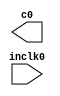
module altera_pll (
	inclk0,
	c0);

        parameter FREQ_MULT = 1;
        parameter FREQ_DIV = 1;

	input	  inclk0;
	output	  c0;


`ifdef ARRIA_GX
    localparam FAMILY = "Arria GX";
`elsif ARRIA_II_GX
    localparam FAMILY = "Arria II GX";
`elsif CYCLONE_I
    localparam FAMILY = "Cyclone I";
`elsif CYCLONE_II
    localparam FAMILY = "Cyclone II";
`elsif CYCLONE_III
    localparam FAMILY = "Cyclone III";
`elsif CYCLONE_III_LS
    localparam FAMILY = "Cyclone III LS";
`elsif CYCLONE_IV_E
    localparam FAMILY = "Cyclone IV E";
`elsif CYCLONE_IV_GS
    localparam FAMILY = "Cyclone IV GS";
`elsif MAX_II
    localparam FAMILY = "MAX II";
`elsif MAX_V
    localparam FAMILY = "MAX V";
`elsif MAX3000A
    localparam FAMILY = "MAX3000A";
`elsif MAX7000AE
    localparam FAMILY = "MAX7000AE";
`elsif MAX7000B
    localparam FAMILY = "MAX7000B";
`elsif MAX7000S
    localparam FAMILY = "MAX7000S";
`elsif STRATIX
    localparam FAMILY = "Stratix";
`elsif STRATIX_II
    defapram systemPll.FAMILY = "Stratix II";
`elsif STRATIX_II_GX
    localparam FAMILY = "Stratix II GX";
`elsif STRATIX_III
    localparam FAMILY = "Stratix III"
`endif


	wire [4:0] sub_wire0;
	wire [0:0] sub_wire4 = 1'h0;
	wire [0:0] sub_wire1 = sub_wire0[0:0];
	wire  c0 = sub_wire1;
	wire  sub_wire2 = inclk0;
	wire [1:0] sub_wire3 = {sub_wire4, sub_wire2};

`ifdef ALTERA_FPGA
	altpll	altpll_component (
				.inclk (sub_wire3),
				.clk (sub_wire0),
				.activeclock (),
				.areset (1'b0),
				.clkbad (),
				.clkena ({6{1'b1}}),
				.clkloss (),
				.clkswitch (1'b0),
				.configupdate (1'b0),
				.enable0 (),
				.enable1 (),
				.extclk (),
				.extclkena ({4{1'b1}}),
				.fbin (1'b1),
				.fbmimicbidir (),
				.fbout (),
				.fref (),
				.icdrclk (),
				.locked (),
				.pfdena (1'b1),
				.phasecounterselect ({4{1'b1}}),
				.phasedone (),
				.phasestep (1'b1),
				.phaseupdown (1'b1),
				.pllena (1'b1),
				.scanaclr (1'b0),
				.scanclk (1'b0),
				.scanclkena (1'b1),
				.scandata (1'b0),
				.scandataout (),
				.scandone (),
				.scanread (1'b0),
				.scanwrite (1'b0),
				.sclkout0 (),
				.sclkout1 (),
				.vcooverrange (),
				.vcounderrange ());
	defparam
		altpll_component.bandwidth_type = "AUTO",
		altpll_component.clk0_divide_by = FREQ_DIV,
		altpll_component.clk0_duty_cycle = 50,
		altpll_component.clk0_multiply_by = FREQ_MULT,
		altpll_component.clk0_phase_shift = "0",
		altpll_component.compensate_clock = "CLK0",
		altpll_component.inclk0_input_frequency = 20000,
		altpll_component.intended_device_family = FAMILY,
		altpll_component.lpm_hint = "CBX_MODULE_PREFIX=minsocPll",
		altpll_component.lpm_type = "altpll",
		altpll_component.operation_mode = "NORMAL",
		altpll_component.pll_type = "AUTO",
		altpll_component.port_activeclock = "PORT_UNUSED",
		altpll_component.port_areset = "PORT_UNUSED",
		altpll_component.port_clkbad0 = "PORT_UNUSED",
		altpll_component.port_clkbad1 = "PORT_UNUSED",
		altpll_component.port_clkloss = "PORT_UNUSED",
		altpll_component.port_clkswitch = "PORT_UNUSED",
		altpll_component.port_configupdate = "PORT_UNUSED",
		altpll_component.port_fbin = "PORT_UNUSED",
		altpll_component.port_inclk0 = "PORT_USED",
		altpll_component.port_inclk1 = "PORT_UNUSED",
		altpll_component.port_locked = "PORT_UNUSED",
		altpll_component.port_pfdena = "PORT_UNUSED",
		altpll_component.port_phasecounterselect = "PORT_UNUSED",
		altpll_component.port_phasedone = "PORT_UNUSED",
		altpll_component.port_phasestep = "PORT_UNUSED",
		altpll_component.port_phaseupdown = "PORT_UNUSED",
		altpll_component.port_pllena = "PORT_UNUSED",
		altpll_component.port_scanaclr = "PORT_UNUSED",
		altpll_component.port_scanclk = "PORT_UNUSED",
		altpll_component.port_scanclkena = "PORT_UNUSED",
		altpll_component.port_scandata = "PORT_UNUSED",
		altpll_component.port_scandataout = "PORT_UNUSED",
		altpll_component.port_scandone = "PORT_UNUSED",
		altpll_component.port_scanread = "PORT_UNUSED",
		altpll_component.port_scanwrite = "PORT_UNUSED",
		altpll_component.port_clk0 = "PORT_USED",
		altpll_component.port_clk1 = "PORT_UNUSED",
		altpll_component.port_clk2 = "PORT_UNUSED",
		altpll_component.port_clk3 = "PORT_UNUSED",
		altpll_component.port_clk4 = "PORT_UNUSED",
		altpll_component.port_clk5 = "PORT_UNUSED",
		altpll_component.port_clkena0 = "PORT_UNUSED",
		altpll_component.port_clkena1 = "PORT_UNUSED",
		altpll_component.port_clkena2 = "PORT_UNUSED",
		altpll_component.port_clkena3 = "PORT_UNUSED",
		altpll_component.port_clkena4 = "PORT_UNUSED",
		altpll_component.port_clkena5 = "PORT_UNUSED",
		altpll_component.port_extclk0 = "PORT_UNUSED",
		altpll_component.port_extclk1 = "PORT_UNUSED",
		altpll_component.port_extclk2 = "PORT_UNUSED",
		altpll_component.port_extclk3 = "PORT_UNUSED",
		altpll_component.width_clock = 5;
`endif

endmodule